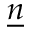
\underline { n }